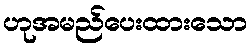
ဟုအမည်ပေးထားသော